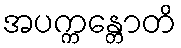
အပက္ကန္တောတိ